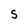
Character: S